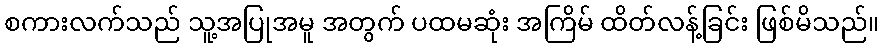
စကားလက်သည် သူ့အပြုအမူ အတွက် ပထမဆုံး အကြိမ် ထိတ်လန့်ခြင်း ဖြစ်မိသည်။